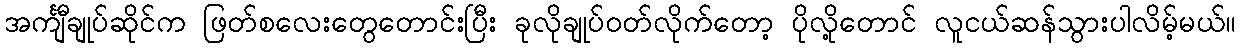
အင်္ကျီချုပ်ဆိုင်က ဖြတ်စလေးတွေတောင်းပြီး ခုလိုချုပ်ဝတ်လိုက်တော့ ပိုလို့တောင် လူငယ်ဆန်သွားပါလိမ့်မယ်။